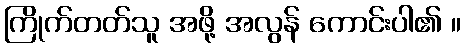
ကြိုက်တတ်သူ အဖို့ အလွန် ကောင်းပါ၏ ။